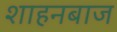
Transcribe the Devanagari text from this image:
शाहनबाज